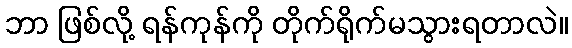
ဘာ ဖြစ်လို့ ရန်ကုန်ကို တိုက်ရိုက်မသွားရတာလဲ။